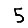
Digit: 5